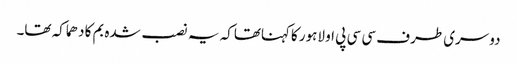
دوسری طرف سی سی پی او لاہور کاکہناتھاکہ یہ نصب شدہ بم کا دھماکہ تھا۔